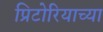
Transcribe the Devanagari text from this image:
प्रिटोरियाच्या